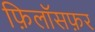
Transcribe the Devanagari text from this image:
फ़िलॉसफ़र